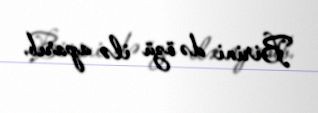
Birini də özü ilə aparıb.